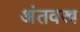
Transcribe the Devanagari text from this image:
अंतवस्त्र